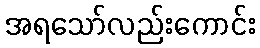
အရသော်လည်းကောင်း